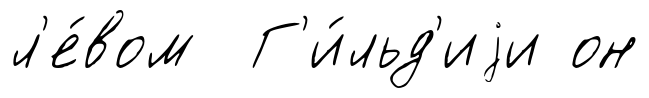
л'е́вом Г'и́льд'иjи он